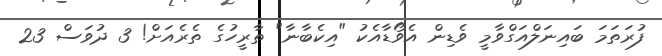
ފުރަތަމަ ބައިނަލްއަގްވާމީ ވެޑިން އެވޯޑާއެކު "އިކެބާނާ" ތާރީހުގެ ތެރެއަށް! 3 ދުވަސް 23